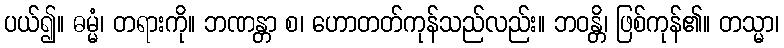
ပယ်၍။ ဓမ္မံ၊ တရားကို။ ဘဏန္တာ စ၊ ဟောတတ်ကုန်သည်လည်း။ ဘဝန္တိ၊ ဖြစ်ကုန်၏။ တသ္မာ၊